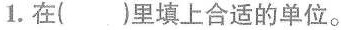
1. 在（）里填上合适的单位。